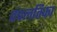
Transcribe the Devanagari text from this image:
पंचलतिका